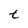
Character: t